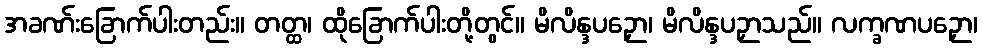
အခဏ်းခြောက်ပါးတည်း။ တတ္ထ၊ ထိုခြောက်ပါးတို့တွင်။ မိလိန္ဒပဉှော၊ မိလိန္ဒပဉှာသည်။ လက္ခဏပဉှော၊